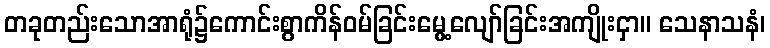
တခုတည်းသောအာရုံ၌ကောင်းစွာကိန်ဝမ်ခြင်းမွေ့လျော်ခြင်းအကျိုးငှာ။ သေနာသနံ၊